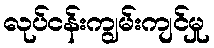
လုပ်ငန်းကျွမ်းကျင်မှု